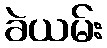
ခဲယမ်း